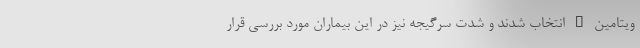
ویتامین D انتخاب شدند و شدت سرگیجه نیز در این بیماران مورد بررسی قرار